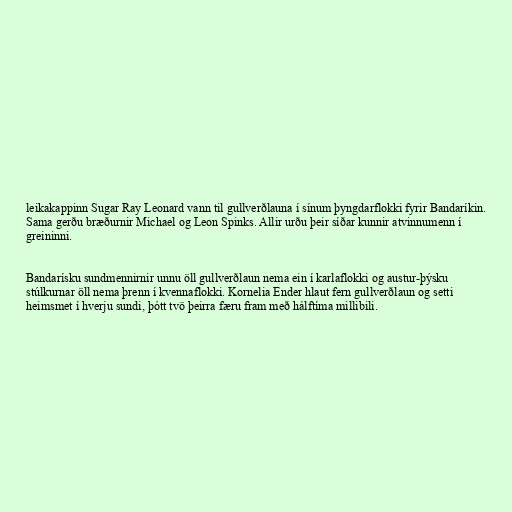
leikakappinn Sugar Ray Leonard vann til gullverðlauna í sínum þyngdarflokki fyrir Bandaríkin.
Sama gerðu bræðurnir Michael og Leon Spinks. Allir urðu þeir síðar kunnir atvinnumenn í
greininni.

Bandarísku sundmennirnir unnu öll gullverðlaun nema ein í karlaflokki og austur-þýsku
stúlkurnar öll nema þrenn í kvennaflokki. Kornelia Ender hlaut fern gullverðlaun og setti
heimsmet í hverju sundi, þótt tvö þeirra færu fram með hálftíma millibili.